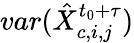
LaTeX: var(\hat{X}_{c,i,j}^{t_{0}+\tau})